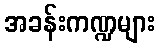
အခန်းကဏ္ဍများ